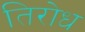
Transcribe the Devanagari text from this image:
तिरोध